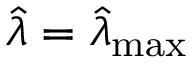
\widehat { \lambda } = \widehat { \lambda } _ { \mathrm { { m a x } } }